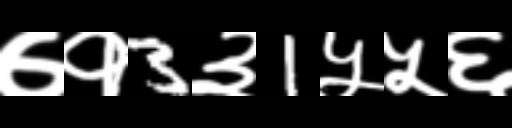
Text: ७१3३1५५६